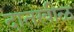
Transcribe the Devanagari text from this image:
दातखीळ